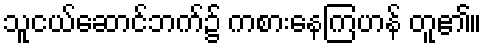
သူငယ်ဆောင်ဘက်၌ ကစားနေကြဟန် တူ၏။